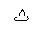
Letter: _tha